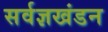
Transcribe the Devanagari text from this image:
सर्वज्ञखंडन